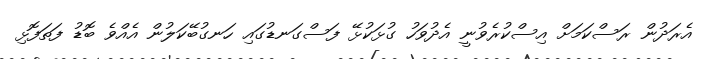
އެރަދުން ރަސްކަމަށް އިސްކުރެވުނީ އެދުވަހު ގުޅަކުޅޭ ފަސްގަނޑުގައި ހަނގުބޭކަލުން އެއްވެ ބޮޑު ފަތަފޮޅި